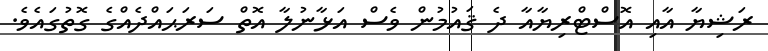
ރަޝިޔާ އާއި އޮސްޓްރިޔާއާ ދެ ޤައުމުން ވެސް އަޅާނުލާ އޮތް ސަރަޙައްދެއްގެ ގޮތުގައެވެ.